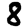
Digit: 8